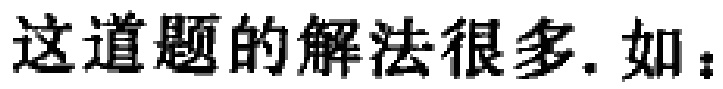
这道题的解法很多. 如：